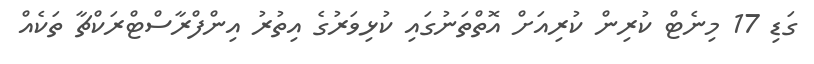
ގަޑި 17 މިނެޓް ކުރިން ކުރިއަށް އޮތްތަނުގައި ކުޅިވަރުގެ އިތުރު އިންފްރާސްޓްރަކްޗާ ތަކެއް